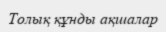
Толық құнды ақшалар